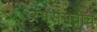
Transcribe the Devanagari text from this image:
रंगसंगतीचे